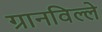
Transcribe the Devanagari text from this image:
ग्रानविल्ले